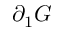
\partial _ { 1 } G